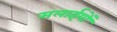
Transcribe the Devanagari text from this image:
सलाईयों